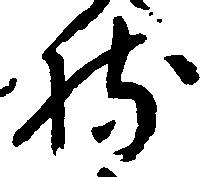
持